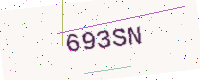
Text: 693SN